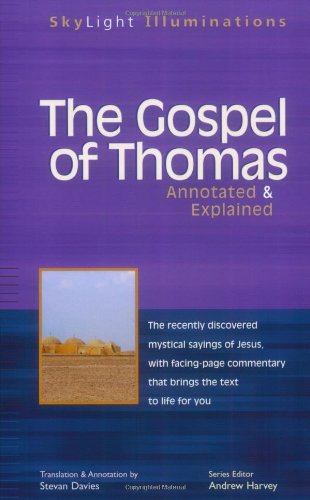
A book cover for The Gospel of Thomas: Annotated & Explained (SkyLight Illuminations); Christian Books & Bibles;